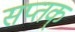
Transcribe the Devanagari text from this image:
सप्तक्